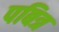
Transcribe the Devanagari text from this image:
पबित्र